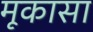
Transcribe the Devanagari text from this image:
मूकासा